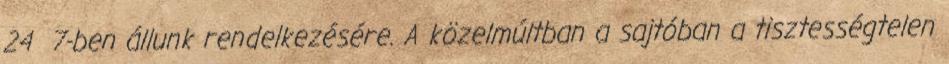
24 7-ben állunk rendelkezésére. A közelmúltban a sajtóban a tisztességtelen